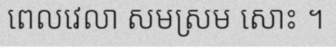
ពេលវេលា សមស្រម សោះ ។